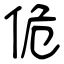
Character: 佹